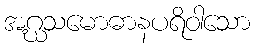
အဂ္ဃသမောဓာနပရိဝါသော